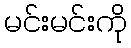
မင်းမင်းကို